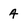
Character: 4